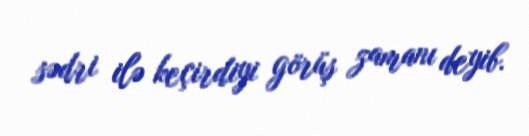
sədri ilə keçirdiyi görüş zamanı deyib.